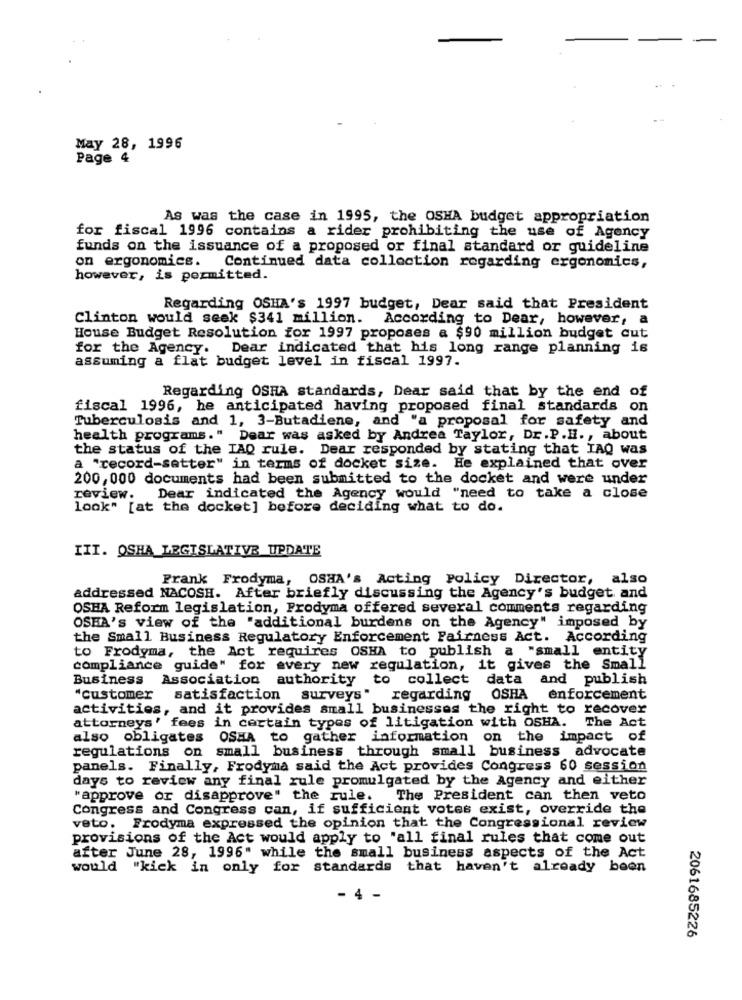
May 28, 1996
Page 4
As was the case in 1995, the OSHA budget appropriation
for fiscal 1996 contains a rider prohibiting the use of Agency
funds on the issuance of a proposed or final standard or guideline
on ergonomics.
Continued data collection regarding ergonomics,
however, is permitted.
Regarding OSHA's 1997 budget, Dear said that President
Clinton would seek $341 million. According to Dear, however, a
House Budget Resolution for 1997 proposes a $90 million budget cut
for the Agency. Dear indicated that his long range planning is
assuming a flat budget level in fiscal 1997.
Regarding OSHA standards, Dear said that by the end of
fiscal 1996, he anticipated having proposed final standards on
Tuberculosis and 1, 3-Butadiene, and "a proposal for safety and
health programs." Dear was asked by Andrea Taylor, Dr.P.H ., about
the status of the IAD rule. Dear responded by stating that IAQ was
a "record-satter" in terms of docket size. He explained that over
200, 000 documents had been submitted to the docket and were under
review.
Dear indicated the Agency would "need to take a close
look" [at the docket] before deciding what to do.
III. OSHA LEGISLATIVE UPDATE
Frank Frodyma, OSHA's Acting Policy Director, also
addressed NACOSH. After briefly discussing the Agency's budget and
OSHA Reform legislation, Prodyma offered several comments regarding
OSHA's view of the "additional burdens on the Agency" imposed by
the Small Business Regulatory Enforcement Fairness Act. According
to Frodyma, the Act requires OSHA to publish
"small entity
compliance guide" for avery new regulation, it gives the Small
Business Association authority to collect data and publish
"customer satisfaction surveys" regarding
OSHA
enforcement
activities, and it provides small businesses the right to recover
attorneys' fees in certain types of litigation with OSHA. The Act
also obligates
OSHA to gather information on the impact of
regulations on small business through small business advocate
panels. Finally, Frodyma said the Act provides Congress 60 session
days to review any final rule promulgated by the Agency and either
"approve or disapprove" the rule.
The President can then veto
Congress and Congress can, if sufficient votes exist, override the
veto. Frodyma expressed the opinion that the Congressional review
provisions of the Act would apply to "all final rules that come out
after June 28, 1996" while the small business aspects of the Act
would "kick in only for standards that haven't already been
- 4
2061685226